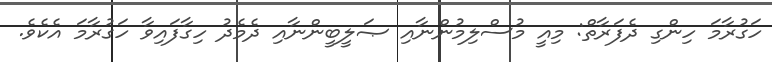
ހަގުރާމަ ހިންގި ދެފަރާތް: މިއީ މުސްލިމުންނާއި ޞަލީބީންނާއި ދެމެދު ހިގާފައިވާ ހަގުރާމަ އެކެވެ.